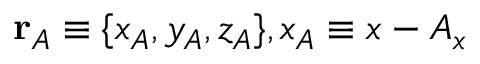
\mathbf { r } _ { A } \equiv \{ x _ { A } , y _ { A } , z _ { A } \} , x _ { A } \equiv x - A _ { x }